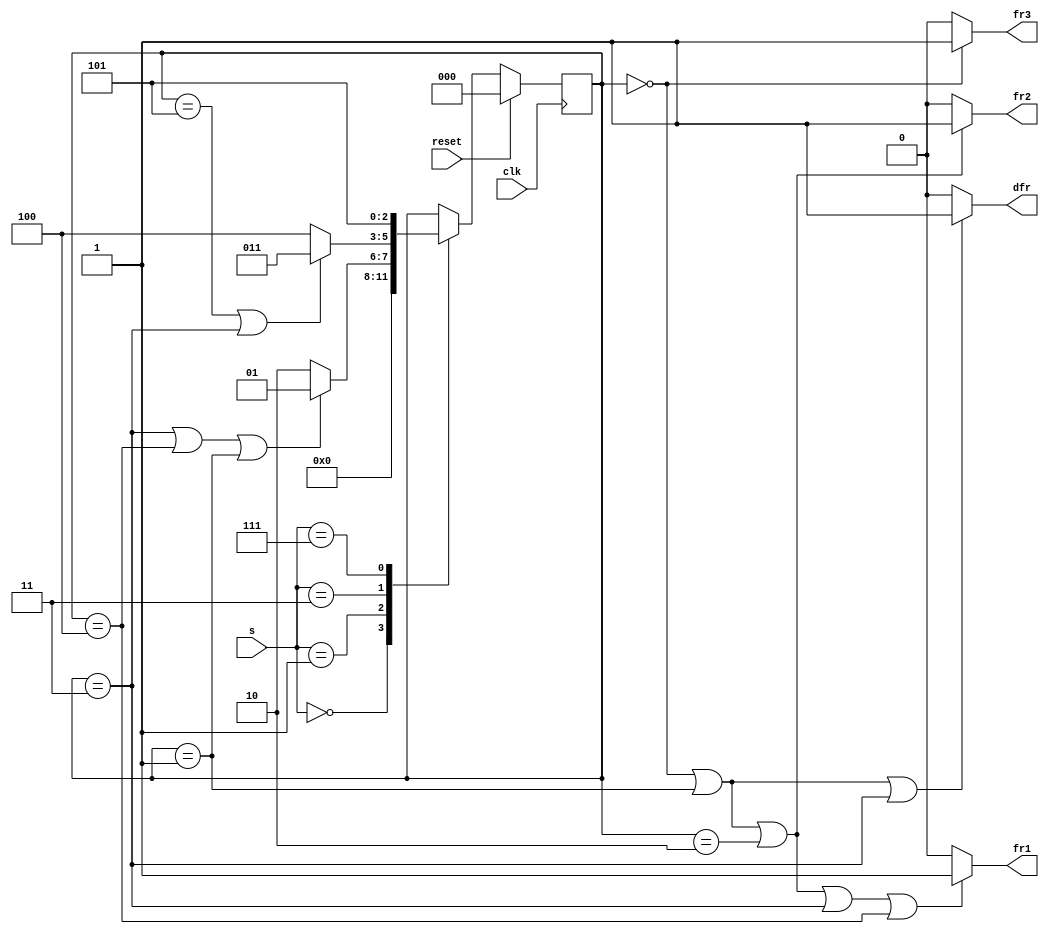
module top_module (
    input clk,
    input reset,
    input [2:0] s,
    output fr3,
    output fr2,
    output fr1,
    output dfr
); 

    reg [2:0] state, next_state;
    reg [2:0] prev_s;
    always @(*)
        begin            
            case(s)
                3'd0: next_state <= 3'd0;
                3'd1: next_state <= ((state == 3'd3)||(state == 3'd4)||(state == 3'd1))? 3'd1:3'd2;
                3'd3: next_state <= ((state == 3'd5)||(state == 3'd3))? 3'd3:3'd4;
                3'd7: next_state <= 3'd5;
                default: next_state <= state;
            endcase
            prev_s <= s;
        end
    

    always @(posedge clk)
        begin
            if(reset)
                state <= 3'd0;
            else
                state <= next_state;
        end
    
    assign fr3 = (state == 3'd0)? 1:0;
    assign fr2 = ((state == 3'd0) || (state == 3'd1) || (state == 3'd2))? 1:0;
    assign fr1 = ((state == 3'd0) || (state == 3'd1) || (state == 3'd2) || (state == 3'd3) || (state == 3'd4))? 1 : 0;
    assign dfr = ((state == 3'd0) || (state == 3'd1) || (state == 3'd3))? 1:0;
    
endmodule